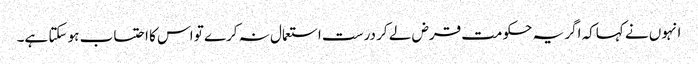
انہوں نے کہاکہ اگر یہ حکومت قرض لے کر درست استعمال نہ کرے تو اس کا احتساب ہو سکتا ہے۔